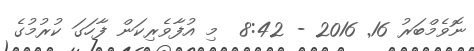
ނޮވެމްބަރު 16